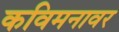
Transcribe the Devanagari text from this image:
कविमनावर